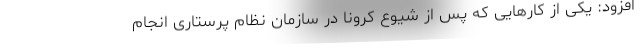
افزود: یکی از کارهایی که پس از شیوع کرونا در سازمان نظام پرستاری انجام